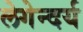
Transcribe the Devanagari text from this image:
लेगेन्दर्य